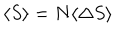
\langle S \rangle = N \langle \Delta S \rangle